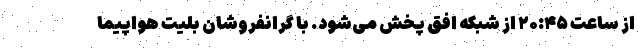
از ساعت ۲۰:۴۵ از شبکه افق پخش می‌شود. با گرانفروشان بلیت هواپیما